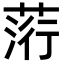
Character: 䓷